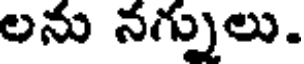
లను నగ్నులు.